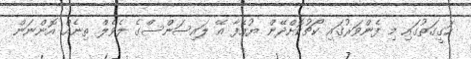
ހަގީގަތުގައި މި ފެންވަރުގައި ކޯޗުކޮށްދޭން ޔުއެފާ އޭ ލައިސަންސްގެ ލެވެލް ތިނެއް އޮންނަން